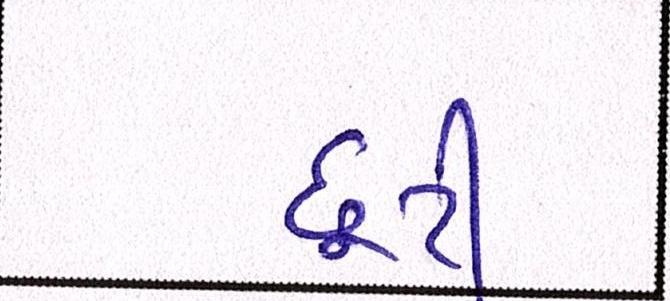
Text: છૂટી